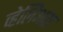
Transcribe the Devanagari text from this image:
व्हेलिअस